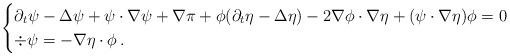
LaTeX: \begin{align*} \begin{cases} \partial_t \psi - \Delta \psi + \psi \cdot \nabla \psi + \nabla \pi + \phi( \partial_t \eta - \Delta \eta) - 2 \nabla \phi \cdot \nabla \eta + (\psi \cdot \nabla \eta) \phi =0 \\ \div \psi = - \nabla \eta \cdot \phi \, . \end{cases}\end{align*}